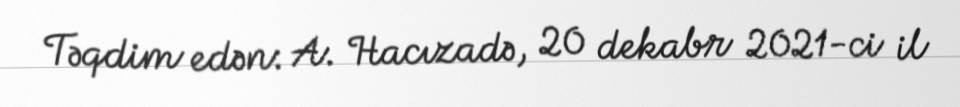
Təqdim edən: A. Hacızadə, 20 dekabr 2021-ci il